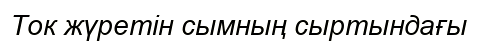
Ток жүретін сымның сыртындағы